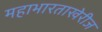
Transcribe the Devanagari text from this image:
महाभारताखेरीज